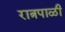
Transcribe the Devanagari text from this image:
रात्रपाळी